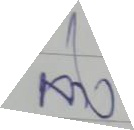
ล่าง